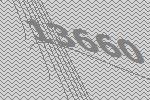
13660